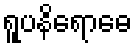
ရူပနိရောဓေ